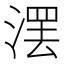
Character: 𣺽